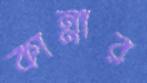
কান্নার